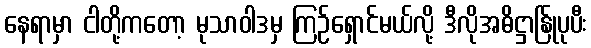
နေရာမှာ ငါတို့ကတော့ မုသာဝါဒမှ ကြဉ်ရှောင်မယ်လို့ ဒီလိုအဓိဋ္ဌာန်ြုပုပီး